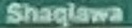
Shaqlawa